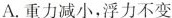
A.重力减小，浮力不变